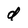
Character: d